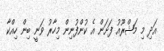
އަދި މި މަޝްރޫއު ފަށަން އެ ކުންފުނިން މިހާރު ވަނީ ބިން ހިއްކާ